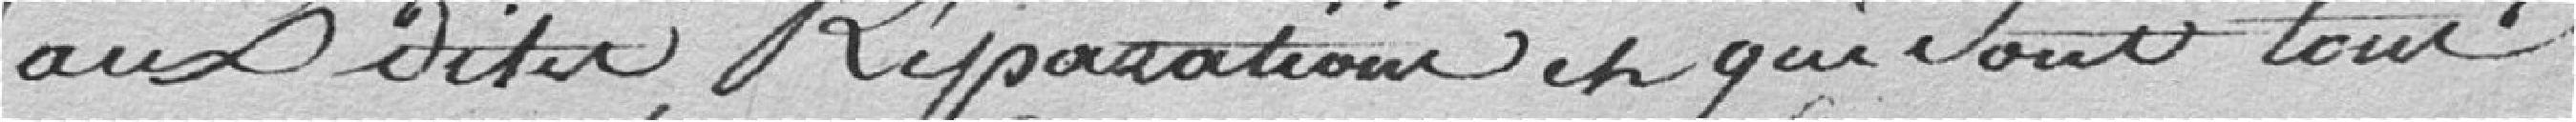
aux dites réparations e qui sont tous